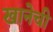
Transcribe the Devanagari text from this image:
खानेची